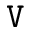
{ \tt V }